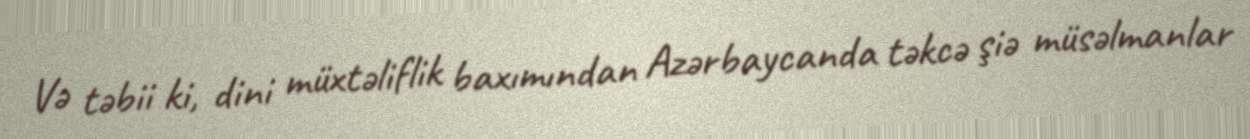
Və təbii ki, dini müxtəliflik baxımından Azərbaycanda təkcə şiə müsəlmanlar